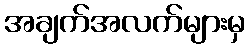
အချက်အလက်များမှ